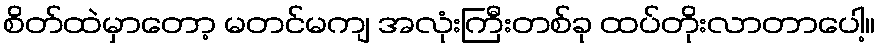
စိတ်ထဲမှာတော့ မတင်မကျ အလုံးကြီးတစ်ခု ထပ်တိုးလာတာပေါ့။